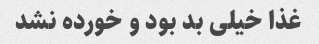
غذا خیلی بد بود و خورده نشد